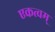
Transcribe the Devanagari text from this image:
एकत्वम्